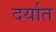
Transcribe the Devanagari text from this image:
दर्यात